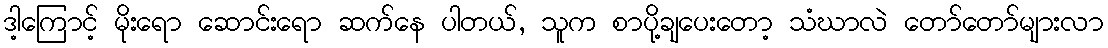
ဒါ့ကြောင့် မိုးရော ဆောင်းရော ဆက်နေ ပါတယ်, သူက စာပို့ချပေးတော့ သံဃာလဲ တော်တော်များလာ